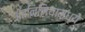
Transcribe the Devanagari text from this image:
ॲतनिमियामध्ये